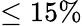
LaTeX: \leq 15\%